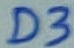
Text: D3